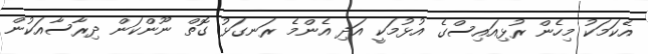
އެކަމަކު މިހެން ރުޅިއައިސްގެ އުޅުމަކީ އަދި އެންމެ ރަނގަޅު ގޮތް ނޫންކަން ދިރާސާއަކުން